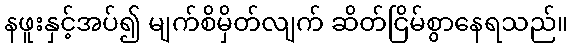
နဖူးနှင့်အပ်၍ မျက်စိမှိတ်လျက် ဆိတ်ငြိမ်စွာနေရသည်။